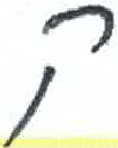
אות: ק